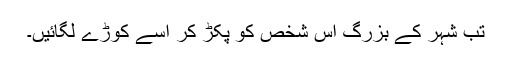
تب شہر کے بزرگ اُس شخص کو پکڑ کر اُسے کوڑے لگائیں۔